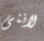
لاننى